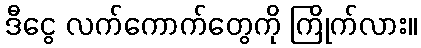
ဒီငွေ လက်ကောက်တွေကို ကြိုက်လား။